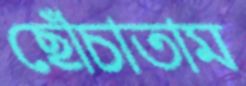
ছোঁচাতাম